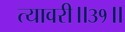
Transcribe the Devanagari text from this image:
त्यावरी॥३१॥